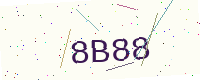
Text: 8B88